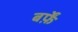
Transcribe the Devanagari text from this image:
बर्फ़ें